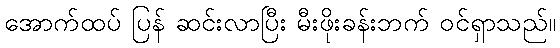
အောက်ထပ် ပြန် ဆင်းလာပြီး မီးဖိုးခန်းဘက် ဝင်ရှာသည်။